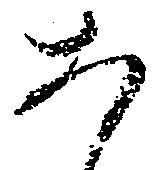
あ